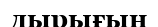
дырығын